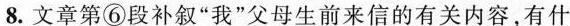
8.文章第⑥段补叙“我”父母生前来信的有关内容，有什